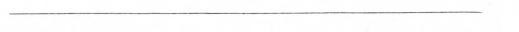
——————